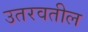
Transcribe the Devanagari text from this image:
उतरवतील